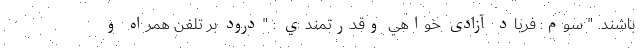
باشند. " سوم: فریاد آزادی خواهي وقدرتمندي : "درود بر تلفن همراه و